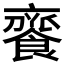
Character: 𩝦